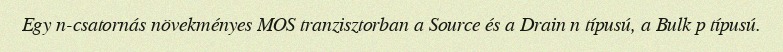
Egy n-csatornás növekményes MOS tranzisztorban a Source és a Drain n típusú, a Bulk p típusú.